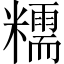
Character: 糯